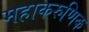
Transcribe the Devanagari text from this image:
महाकरुणिक